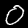
Digit: 0